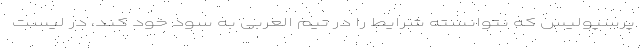
پرسپولیس که نتوانسته شرایط را در تیم العربی به سود خود کند، در لیست